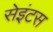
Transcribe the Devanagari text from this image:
सेइंटस